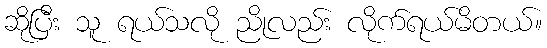
ဆိုပြီး သူ ရယ်သလို ညိုလည်း လိုက်ရယ်မိတယ်။